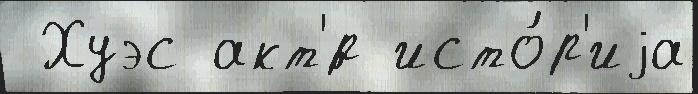
 Хуэс акт'́р исто́р'иjа